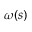
\omega ( s )